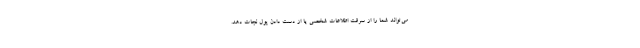
می‌تواند شما را از سرقت اطلاعات شخصی یا از دست دادن پول نجات دهد.